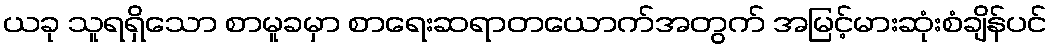
ယခု သူရရှိသော စာမူခမှာ စာရေးဆရာတယောက်အတွက် အမြင့်မားဆုံးစံချိန်ပင်